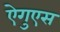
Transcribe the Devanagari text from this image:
ऐगुएस